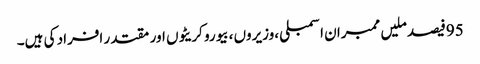
95فیصد ملیں ممبران اسمبلی ،وزیروں ،بیورو کریٹوں اور مقتدر افراد کی ہیں۔